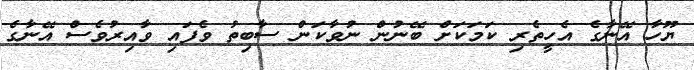
ޔޫހާ އޭނާގެ އެހީތެރި ކަމަކަށް ބޭނުން ނުވާކަން ސާބިތު ވެފައި ވާއިރުވެސް އޭނާގެ